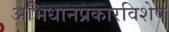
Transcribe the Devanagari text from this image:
अभिधानप्रकारविशेष